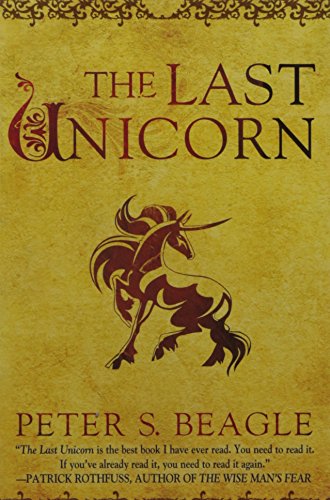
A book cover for The Last Unicorn; Peter S. Beagle; Literature & Fiction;